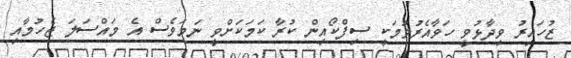
ޒުހައިރު ވިދާޅުވީ ހަވާއެރުވުމަކީ ސިފްކޯއިން ކުރާ ކަމަކަށްވީ ނަމަވެސް އެ މައްސަލަ ޖެހުމާއި